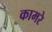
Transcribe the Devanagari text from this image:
कामरे